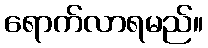
ရောက်လာရမည်။